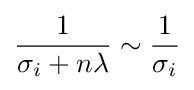
{\frac {1}{\sigma _{i}+n\lambda }}\sim {\frac {1}{\sigma _{i}}}